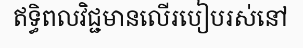
ឥទ្ធិពលវិជ្ជមានលើរបៀបរស់នៅ